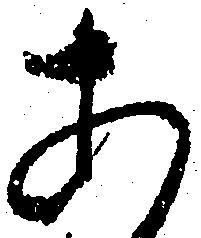
あ